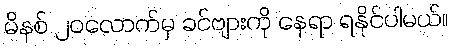
မိနစ် ၂၀လောက်မှ ခင်ဗျားကို နေရာ ရနိုင်ပါမယ်။